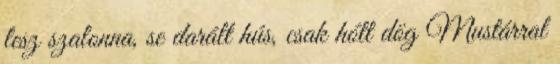
lesz szalonna, se darált hús, csak hótt dög Mustárral